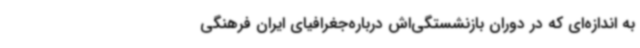
به اندازه‌ای که در دوران بازنشستگی‌اش درباره‌جغرافیای ایران فرهنگی